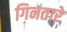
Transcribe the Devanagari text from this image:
गिनतारे